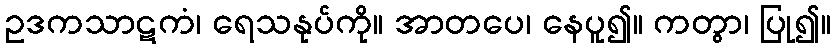
ဥဒကသာဋကံ၊ ရေသနုပ်ကို။ အာတပေ၊ နေပူ၍။ ကတွာ၊ ပြု၍။